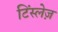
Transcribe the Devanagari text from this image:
टिंस्लेज़